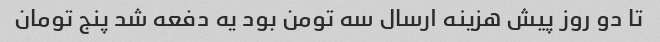
تا دو روز پیش هزینه ارسال سه تومن بود یه دفعه شد پنج تومان